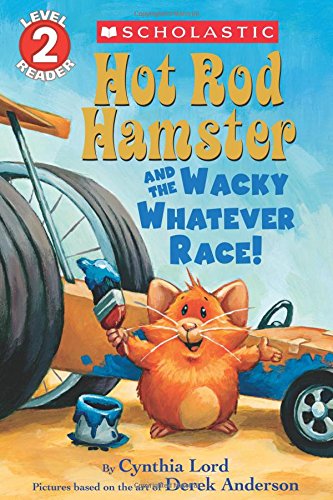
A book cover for Hot Rod Hamster and the Wacky Whatever Race! (Scholastic Readers); Cynthia Lord; Children's Books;